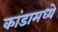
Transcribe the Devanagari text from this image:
कांडामध्ये